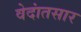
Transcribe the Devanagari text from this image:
वेदांतसार